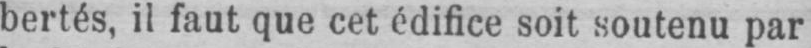
bertés, il faut que cet édifice soit soutenu par